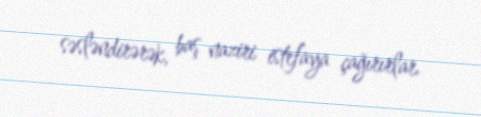
səsləndirərək, baş naziri istefaya çağırırlar.